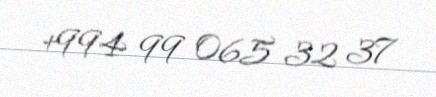
+994 99 065 32 37